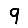
Digit: 9